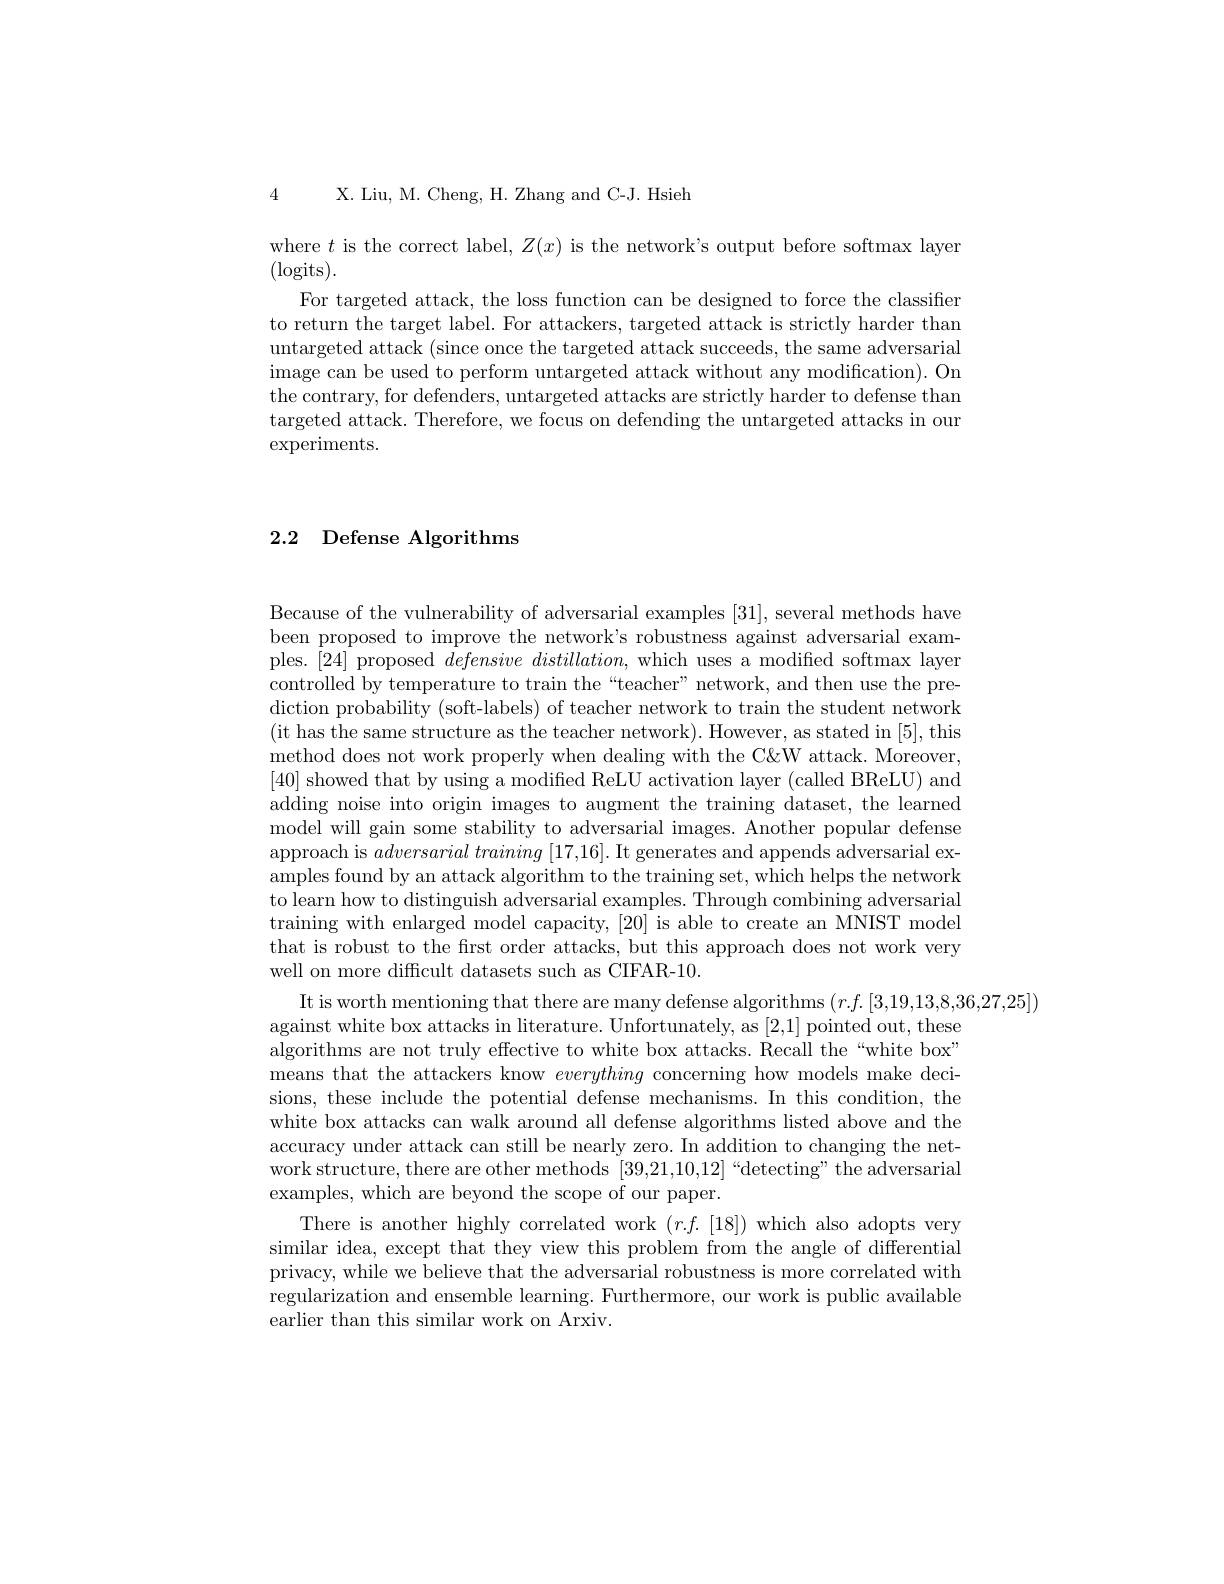
4

X. Liu, M. Cheng, H. Zhang and C-J. Hsieh

where $t$ is the correct label, $Z(x)$ is the network's output before softmax layer

(logits).

For targeted attack, the loss function can be designed to force the classifier to return the target label. For attackers, targeted attack is strictly harder than untargeted attack (since once the targeted attack succeeds, the same adversarial image can be used to perform untargeted attack without any modification). On the contrary, for defenders, untargeted attacks are strictly harder to defense than targeted attack. Therefore, we focus on defending the untargeted attacks in our $\operatorname{experiments.}$

### 2.2 Defense Algorithms

Because of the vulnerability of adversarial examples [31],several methods have been proposed to improve the network's robustness against adversarial examples. [24] proposed $defensive\textit{ distillation, which uses a modified softmax layer}$ controlled by temperature to train the “teacher” network, and then use the prediction probability (soft-labels) of teacher network to train the student network (it has the same structure as the teacher network). However, as stated in [5], this method does not work properly when dealing with the C&W attack. Moreover, [40] showed that by using a modified ReLU activation layer (called BReLU) and adding noise into origin images to augment the training dataset, the learned model will gain some stability to adversarial images. Another popular defense approach is $adversarial\textit{training [ 17, 16] . It generates and appends adversarial ex- }$ amples found by an attack algorithm to the training set, which helps the network to learn how to distinguish adversarial examples. Through combining adversarial training with enlarged model capacity, [20] is able to create an MNIST model that is robust to the first order attacks, but this approach does not work very well on more difficult datasets such as CIFAR-10.
It is worth mentioning that there are many defense algorithms $(r.f.[3,19,13,8,36,27,25])$
against white box attacks in literature. Unfortunately, as [2,1] pointed out, these algorithms are not truly effective to white box attacks. Recall the“white box" means that the attackers know everything concerning how models make decisions, these include the potential defense mechanisms. In this condition, the white box attacks can walk around all defense algorithms listed above and the accuracy under attack can still be nearly zero. In addition to changing the network structure, there are other methods [39,21,10,12]“detecting" the adversarial examples, which are beyond the scope of our paper.
There is another highly correlated work $(r.f.[18])$ which also adopts very similar idea, except that they view this problem from the angle of differential privacy, while we believe that the adversarial robustness is more correlated with regularization and ensemble learning. Furthermore, our work is public available earlier than this similar work on Arxiv.